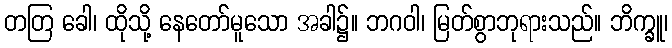
တတြ ခေါ၊ ထိုသို့ နေတော်မူသော အခါ၌။ ဘဂဝါ၊ မြတ်စွာဘုရားသည်။ ဘိက္ခူ၊